Indian journal of veterinary science and animal husbandry - Volume 8,
Year: 1938
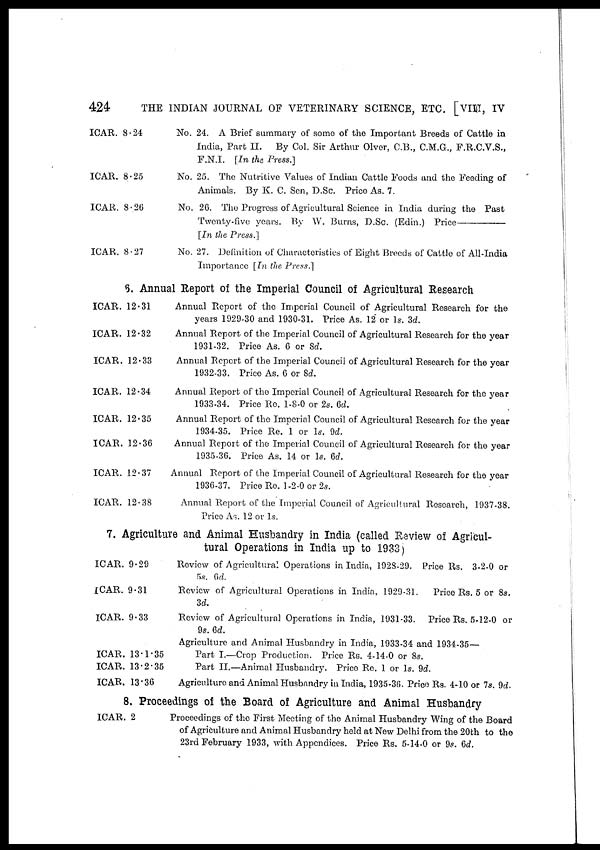
424
THE INDIAN JOURNAL OF VETERINARY SCIENCE, ETC. [VIII, IV
ICAR. 8.24
ICAR. 8.25
ICAR. 8.26
ICAR. 8.27
No. 24. A Brief summary of some of the Important Breeds of Cattle in
India, Part II.
By Col. Sir Arthur Olver, C.B., C.M.G., F.R.C.V.S.,
F.N.I. [In the Press.]
No. 25. The Nutritive Values of Indian Cattle Foods and the Feeding of
Animals. By K. C. Sen, D.Sc. Price As. 7.
No. 26. The Progress of Agricultural Science in India during the Past
Twenty-five years. By W. Burns, D.Sc. (Edin.)
Price—
[In the Press.]
No. 27. Definition of Characteristics of Eight Breeds of Cattle of All-India
Importance [In the Press.]
6. Annual Report of the Imperial Council of Agricultural Research
ICAR. 12.31
ICAR. 12.32
ICAR. 12.33
ICAR. 12.34
ICAR. 12.35
ICAR. 12.36
ICAR. 12.37
ICAR. 12.38
Annual Report of the Imperial Council of Agricultural Research for the
years 1929-30 and 1930-31. Price As. 12 or 1s. 3d.
Annual Report of the Imperial Council of Agricultural Research for the year
1931-32. Price As. 6 or 8d.
Annual Report of the Imperial Council of Agricultural Research for the year
1932-33. Price As. 6 or 8d.
Annual Report of the Imperial Council of Agricultural Research for the year
1933-34. Price Re. 1-8-0 or 2s. 6d.
Annual Report of the Imperial Council of Agricultural Research for the year
1934-35. Price Re. 1 or 1s. 9d.
Annual Report of the Imperial Council of Agricultural Research for the year
1935-36. Price As. 14 or 1s. 6d.
Annual Report of the Imperial Council of Agricultural Research for the year
1936-37. Price Re. 1-2-0 or 2s.
Annual Report of the Imperial Council of Agricultural Research, 1937-38.
Price As. 12 or 1s.
7. Agriculture and Animal Husbandry in India (called Review of Agricul-
tural Operations in India up to 1933)
ICAR. 9.29
ICAR. 9.31
ICAR. 9.33
ICAR. 13.1.35
ICAR. 13.2.35
ICAR. 13.36
Review of Agricultural Operations in India, 1928-29. Price Rs. 3-2-0 or
5s. 6d.
Review of Agricultural Operations in India, 1929-31.
Price Rs. 5 or 8s.
3d.
Review of Agricultural Operations in India, 1931-33. Price Rs. 5-12-0 or
9s. 6d.
Agriculture and Animal Husbandry in India, 1933-34 and 1934-35—
Part I.—Crop Production. Price Rs. 4-14-0 or 8s.
Part II.—Animal Husbandry. Price Re. 1 or 1s. 9d.
Agriculture and Animal Husbandry in India, 1935-36. Price Rs. 4-10 or 7s. 9d.
8. Proceedings of the Board of Agriculture and Animal Husbandry
ICAR. 2
Proceedings of the First Meeting of the Animal Husbandry Wing of the Board
of Agriculture and Animal Husbandry held at New Delhi from the 20th to the
23rd February 1933, with Appendices. Price Rs. 5-14-0 or 9s. 6d.